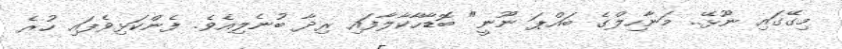
މިގޭގައި ނޫޅޭ.. މަނާހިލްގެ ބައްޕަ ނޫނީ" ބޮޑާހާކާލާފައި ރިދާ ބުނެލިއެވެ. ފެންކަޅިވެފައި ހުރެ